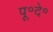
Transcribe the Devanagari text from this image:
पू॰दे॰